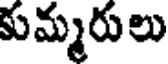
కుమ్మరులు